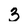
Character: 3